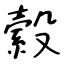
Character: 縠